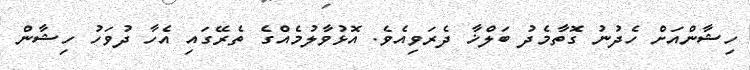
ހިޝާންއަށް ހެދުނު ގޮތާމެދު ބަލްޚާ ދެރަވިއެވެ. އޮޅުވާލުމެއްގެ ތެރޭގައި އެހާ ދުވަހު ހިޝާން